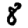
Digit: 8